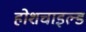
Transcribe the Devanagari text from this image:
होशचाइल्ड